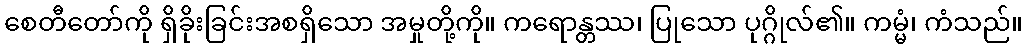
စေတီတော်ကို ရှိခိုးခြင်းအစရှိသော အမှုတို့ကို။ ကရောန္တဿ၊ ပြုသော ပုဂ္ဂိုလ်၏။ ကမ္မံ၊ ကံသည်။